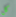
كل